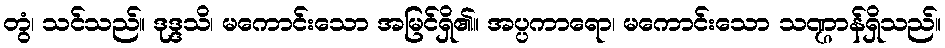
တွံ၊ သင်သည်။ ဒုဒ္ဒသိ၊ မကောင်းသော အမြင်ရှိ၏။ အပ္ပကာရော၊ မကောင်းသော သဏ္ဌာန်ရှိသည်။